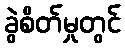
ခွဲစိတ်မှုတွင်